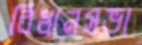
বিধানসভা